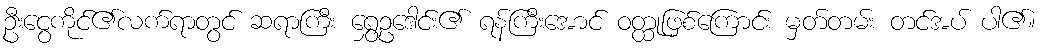
ဦးငွေကိုင်၏လက်ရာတွင် ဆရာကြီး ရွှေဥဒေါင်း၏ ရန်ကြီးအောင် ဝတ္ထုဖြစ်ကြောင်း မှတ်တမ်း တင်အပ် ပါ၏။